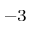
^ { - 3 }